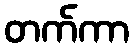
တက်ကာ